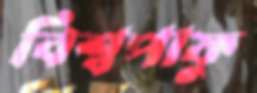
বিশ্বপাফু